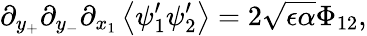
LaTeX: \partial_{y_{+}}\partial_{y_{-}}\partial_{x_{1}}\left\langle\psi_{1}^{\prime}\psi_{2}^{\prime}\right\rangle=2\sqrt{\epsilon\alpha}\Phi_{12},